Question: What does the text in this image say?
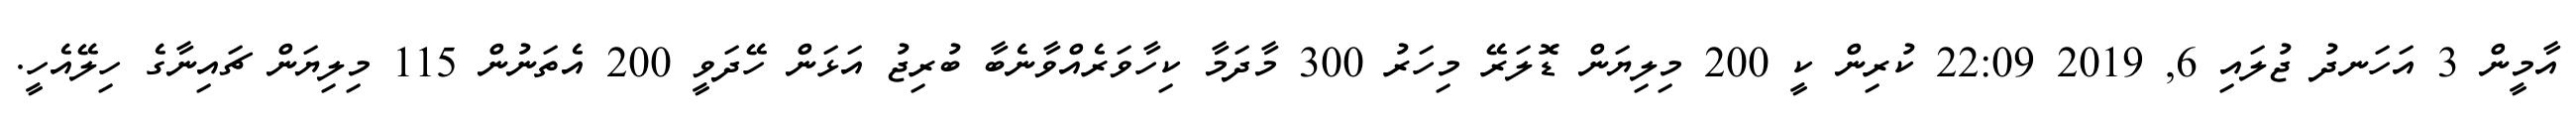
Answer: އާމީން 3 އަހަނދު ޖުލައި 6, 2019 22:09 ކުރިން ކީ 200 މިލިޔަން ޑޮލަރޭ މިހަރު 300 މާދަމާ ކިހާވަރެއްވާނެބާ ބުރިޖު އަޅަން ހޭދަވީ 200 އެތަނުން 115 މިލިޔަން ޗައިނާގެ ހިލޭއެހީ.